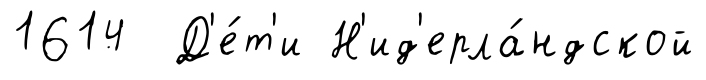
1614 Д'е́т'и Н'ид'ерла́ндской